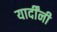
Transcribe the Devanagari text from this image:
यार्दींनी